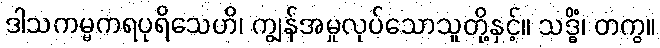
ဒါသကမ္မကရပုရိသေဟိ၊ ကျွန်အမှုလုပ်သောသူတို့နှင့်။ သဒ္ဓိံ၊ တကွ။